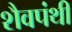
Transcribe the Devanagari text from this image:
शैवपंथी